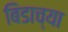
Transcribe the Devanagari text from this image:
बिडाच्या